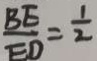
\frac { B E } { E D } = \frac { 1 } { 2 }